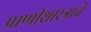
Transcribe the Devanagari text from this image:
प्राणीशास्त्राचे